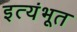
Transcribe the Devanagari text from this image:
इत्यंभूत